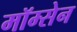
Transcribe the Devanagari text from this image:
मॉम्सेन